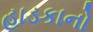
હાડકાનો